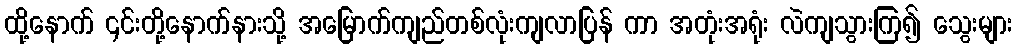
ထို့နောက် ၎င်းတို့နောက်နားသို့ အမြောက်ကျည်တစ်လုံးကျလာပြန် ကာ အတုံးအရုံး လဲကျသွားကြ၍ သွေးများ